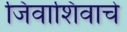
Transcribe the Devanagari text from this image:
जिवाशिवाचे